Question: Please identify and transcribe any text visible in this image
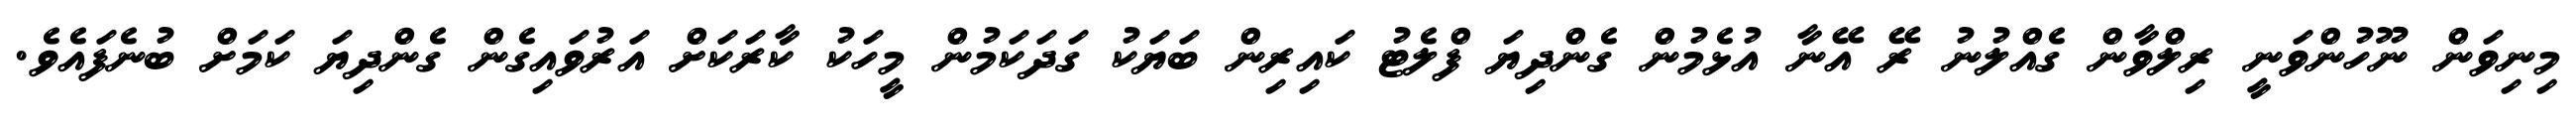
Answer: މިނިވަން ނޫހުންވަނީ ރިލްވާން ގެއްލުނު ރޭ އޭނާ އުޅެމުން ގެންދިޔަ ފްލެޓު ކައިރިން ބަޔަކު ގަދަކަމުން މީހަކު ކާރަކަށް އަރުވައިގެން ގެންދިޔަ ކަމަށް ބުނެފައެވެ.